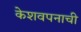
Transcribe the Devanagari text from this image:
केशवपनाची